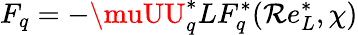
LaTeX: F_{q}=-\muUU_{q}^{*}LF_{q}^{*}(\mathcal{R}e_{L}^{*},\chi)